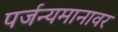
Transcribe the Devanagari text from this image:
पर्जन्यमानावर